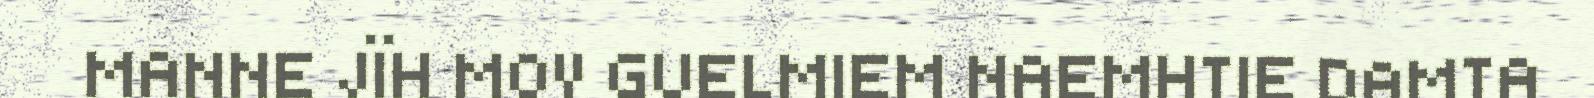
MANNE JÏH MOV GUELMIEM NAEMHTIE DAMTA